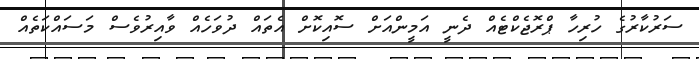
ސަރުކާރުގެ ހުރިހާ ޕްރޮޖެކްޓެއް ދެނީ އަމީންއަށް ސޮއިކޮށް އެތައް ދުވަހެއް ވާއިރުވެސް މަސައްކަތެއް